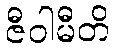
ဇီဝါမီတိ